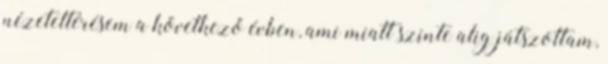
nézeteltérésem a következő évben, ami miatt szinte alig játszottam,